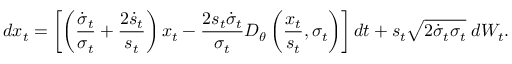
d x _ { t } = \left[ \left( \frac { \dot { \sigma } _ { t } } { \sigma _ { t } } + \frac { 2 \dot { s } _ { t } } { s _ { t } } \right) x _ { t } - \frac { 2 s _ { t } \dot { \sigma } _ { t } } { \sigma _ { t } } D _ { \theta } \left( \frac { x _ { t } } { s _ { t } } , \sigma _ { t } \right) \right] d t + s _ { t } \sqrt { 2 \dot { \sigma } _ { t } \sigma _ { t } } \; d W _ { t } .